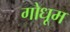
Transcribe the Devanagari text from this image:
गोधूम